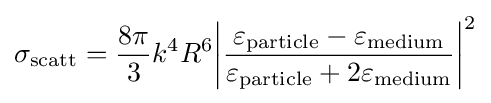
{{\sigma }_{\rm {scatt}}}={\frac {8\pi }{3}}{{k}^{4}}{{R}^{6}}{{\left|{\frac {{{\varepsilon }_{\rm {particle}}}-{{\varepsilon }_{\rm {medium}}}}{{{\varepsilon }_{\rm {particle}}}+2{{\varepsilon }_{\rm {medium}}}}}\right|}^{2}}